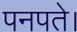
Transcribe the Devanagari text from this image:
पनपते।